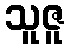
သူဇူ